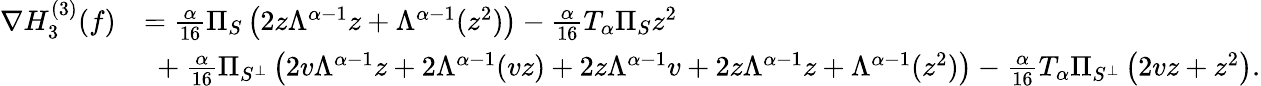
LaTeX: \begin{array}{rl}{\nabla{H}_{3}^{(3)}(f)}&{=\frac{\alpha}{16}\Pi_{S}\left(2z\Lambda^{\alpha-1}z+\Lambda^{\alpha-1}(z^{2})\right)-\frac{\alpha}{16}T_{\alpha}\Pi_{S}z^{2}}\\ &{\ +\frac{\alpha}{16}\Pi_{S^{\perp}}\left(2v\Lambda^{\alpha-1}z+2\Lambda^{\alpha-1}(vz)+2z\Lambda^{\alpha-1}v+2z\Lambda^{\alpha-1}z+\Lambda^{\alpha-1}(z^{2})\right)-\frac{\alpha}{16}T_{\alpha}\Pi_{S^{\perp}}\left(2vz+z^{2}\right).}\end{array}